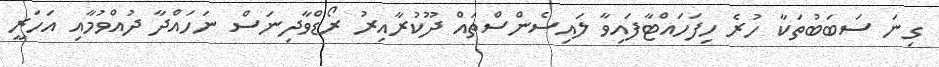
ގިނަ ސަބަބުތަކާ ހުރެ ހިފަހައްޓާފައިވާ ލައިސެންސްތައް ދޫކުރާއިރު ރޯޑްވާދިނަސް ނަހައްދާ ދުއްވުމާއި އަހަރީ